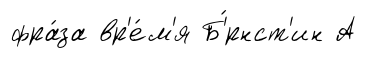
фра́за вр'е́м'я Б'́рнст'ин А